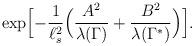
LaTeX: \begin{align*}\exp\Bigl[-{1\over \ell_s^2}\Bigl({A^2\over \lambda(\Gamma)} + {B^2\over \lambda(\Gamma^*)}\Bigr)\Bigr] .\end{align*}